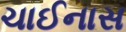
ચાઈનાસ